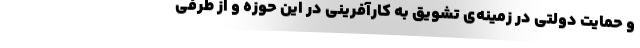
و حمایت دولتی در زمینه‌ی تشویق به کارآفرینی در این حوزه و از طرفی